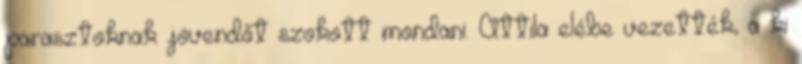
parasztoknak jövendőt szokott mondani. Attila elébe vezették, a ki